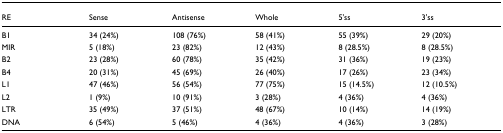
<table><thead><tr><td><b>RE</b></td><td><b>Sense</b></td><td><b>Antisense</b></td><td><b>Whole</b></td><td><b>5&#x27;ss</b></td><td><b>3&#x27;ss</b></td></tr></thead><tbody><tr><td>B1</td><td>34 (24%)</td><td>108 (76%)</td><td>58 (41%)</td><td>55 (39%)</td><td>29 (20%)</td></tr><tr><td>MIR</td><td>5 (18%)</td><td>23 (82%)</td><td>12 (43%)</td><td>8 (28.5%)</td><td>8 (28.5%)</td></tr><tr><td>B2</td><td>23 (28%)</td><td>60 (78%)</td><td>35 (42%)</td><td>31 (36%)</td><td>19 (23%)</td></tr><tr><td>B4</td><td>20 (31%)</td><td>45 (69%)</td><td>26 (40%)</td><td>17 (26%)</td><td>23 (34%)</td></tr><tr><td>L1</td><td>47 (46%)</td><td>56 (54%)</td><td>77 (75%)</td><td>15 (14.5%)</td><td>12 (10.5%)</td></tr><tr><td>L2</td><td>1 (9%)</td><td>10 (91%)</td><td>3 (28%)</td><td>4 (36%)</td><td>4 (36%)</td></tr><tr><td>LTR</td><td>35 (49%)</td><td>37 (51%)</td><td>48 (67%)</td><td>10 (14%)</td><td>14 (19%)</td></tr><tr><td>DNA</td><td>6 (54%)</td><td>5 (46%)</td><td>4 (36%)</td><td>4 (36%)</td><td>3 (28%)</td></tr></tbody></table>